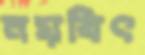
নয়বিৎ